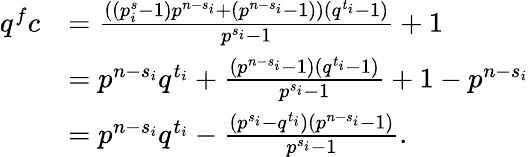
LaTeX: \begin{array}{rl}{q^{f}c}&{=\frac{((p_{i}^{s}-1)p^{n-s_{i}}+(p^{n-s_{i}}-1))(q^{t_{i}}-1)}{p^{s_{i}}-1}+1}\\ &{=p^{n-s_{i}}q^{t_{i}}+\frac{(p^{n-s_{i}}-1)(q^{t_{i}}-1)}{p^{s_{i}}-1}+1-p^{n-s_{i}}}\\ &{=p^{n-s_{i}}q^{t_{i}}-\frac{(p^{s_{i}}-q^{t_{i}})(p^{n-s_{i}}-1)}{p^{s_{i}}-1}.}\end{array}